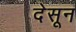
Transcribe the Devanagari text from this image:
देसून